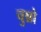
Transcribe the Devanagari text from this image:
चुन्नो